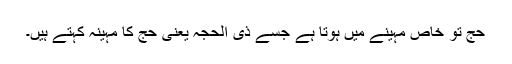
حج تو خاص مہینے میں ہوتا ہے جسے ذی الحجہ یعنی حج کا مہینہ کہتے ہیں۔